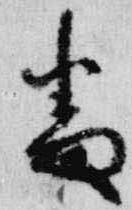
番